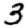
Digit: 3